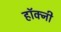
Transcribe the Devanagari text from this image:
हॉक्नी